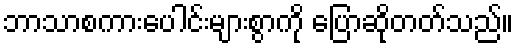
ဘာသာစကားပေါင်းများစွာကို ပြောဆိုတတ်သည်။